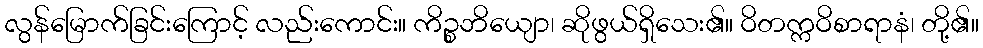
လွန်မြောက်ခြင်းကြောင့် လည်းကောင်း။ ကိဉ္စဘိယျော၊ ဆိုဖွယ်ရှိသေး၏။ ဝိတက္ကဝိစာရာနံ၊ တို့၏။